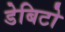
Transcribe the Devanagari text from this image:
डेबिटो